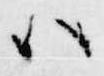
ハ